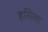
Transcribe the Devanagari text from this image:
हसिला